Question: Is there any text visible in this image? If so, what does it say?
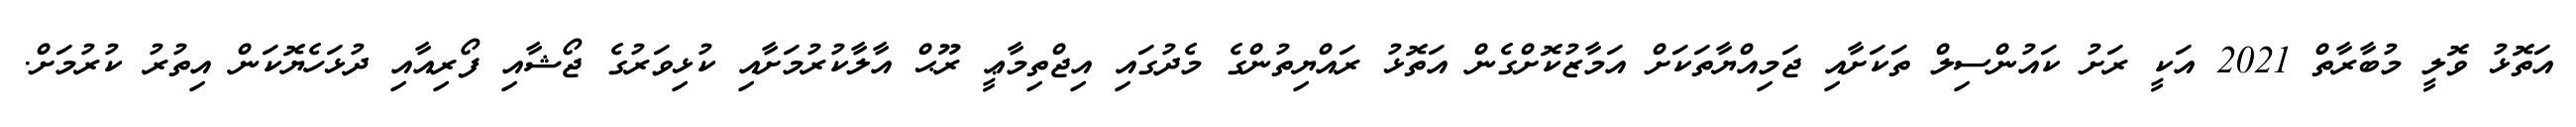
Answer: އަތޮޅު ވޮލީ މުބާރާތް 2021 އަކީ ރަށު ކައުންސިލް ތަކަށާއި ޖަމިއްޔާތަކަށް އަމާޒުކޮށްގެން އަތޮޅު ރައްޔިތުންގެ މެދުގައި އިޖްތިމާޢީ ރޫޙް އާލާކުރުމަށާއި ކުޅިވަރުގެ ޖޯޝާއި ފޯރިއާއި ދުޅަހެޔޮކަން އިތުރު ކުރުމަށް.